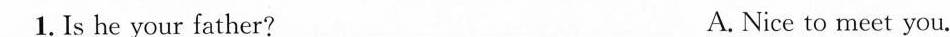
1. Is he your father? A. Nice to meet you.